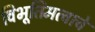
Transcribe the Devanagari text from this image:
विभूतिमत्वाचे